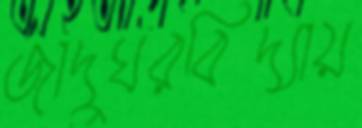
জাদুঘরবিদ্যায়